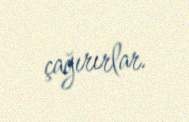
çağırırlar.